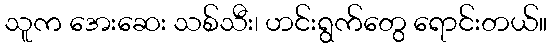
သူက အေးဆေး သစ်သီး၊ ဟင်းရွက်တွေ ရောင်းတယ်။